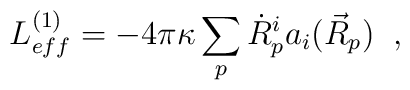
L^{(1)}_{eff}=-4\pi\kappa\sum_{p}\dot{R}^{i}_{p}a_{i}(\vec{R}_{p}) \;\;,